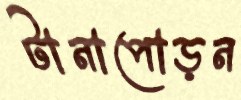
টানাপোড়ন